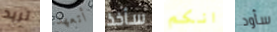
تريد أتعهد سأخذ انكم سأود